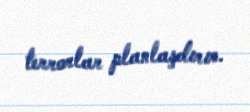
terrorlar planlaşdırır.